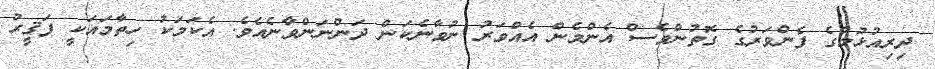
ދިރިއުޅުމުގެ ފެންވަރުގެ ގޮތުންވެސް އެންމެން އެއްވަރު ނުވާނެކަން ދަންނަންވާނެއެވެ. އެކަމަކު ހިތާމައަކީ ފަޤީރު